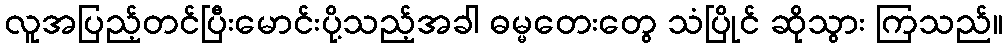
လူအပြည့်တင်ပြီးမောင်းပို့သည့်အခါ ဓမ္မတေးတွေ သံပြိုင် ဆိုသွား ကြသည်။